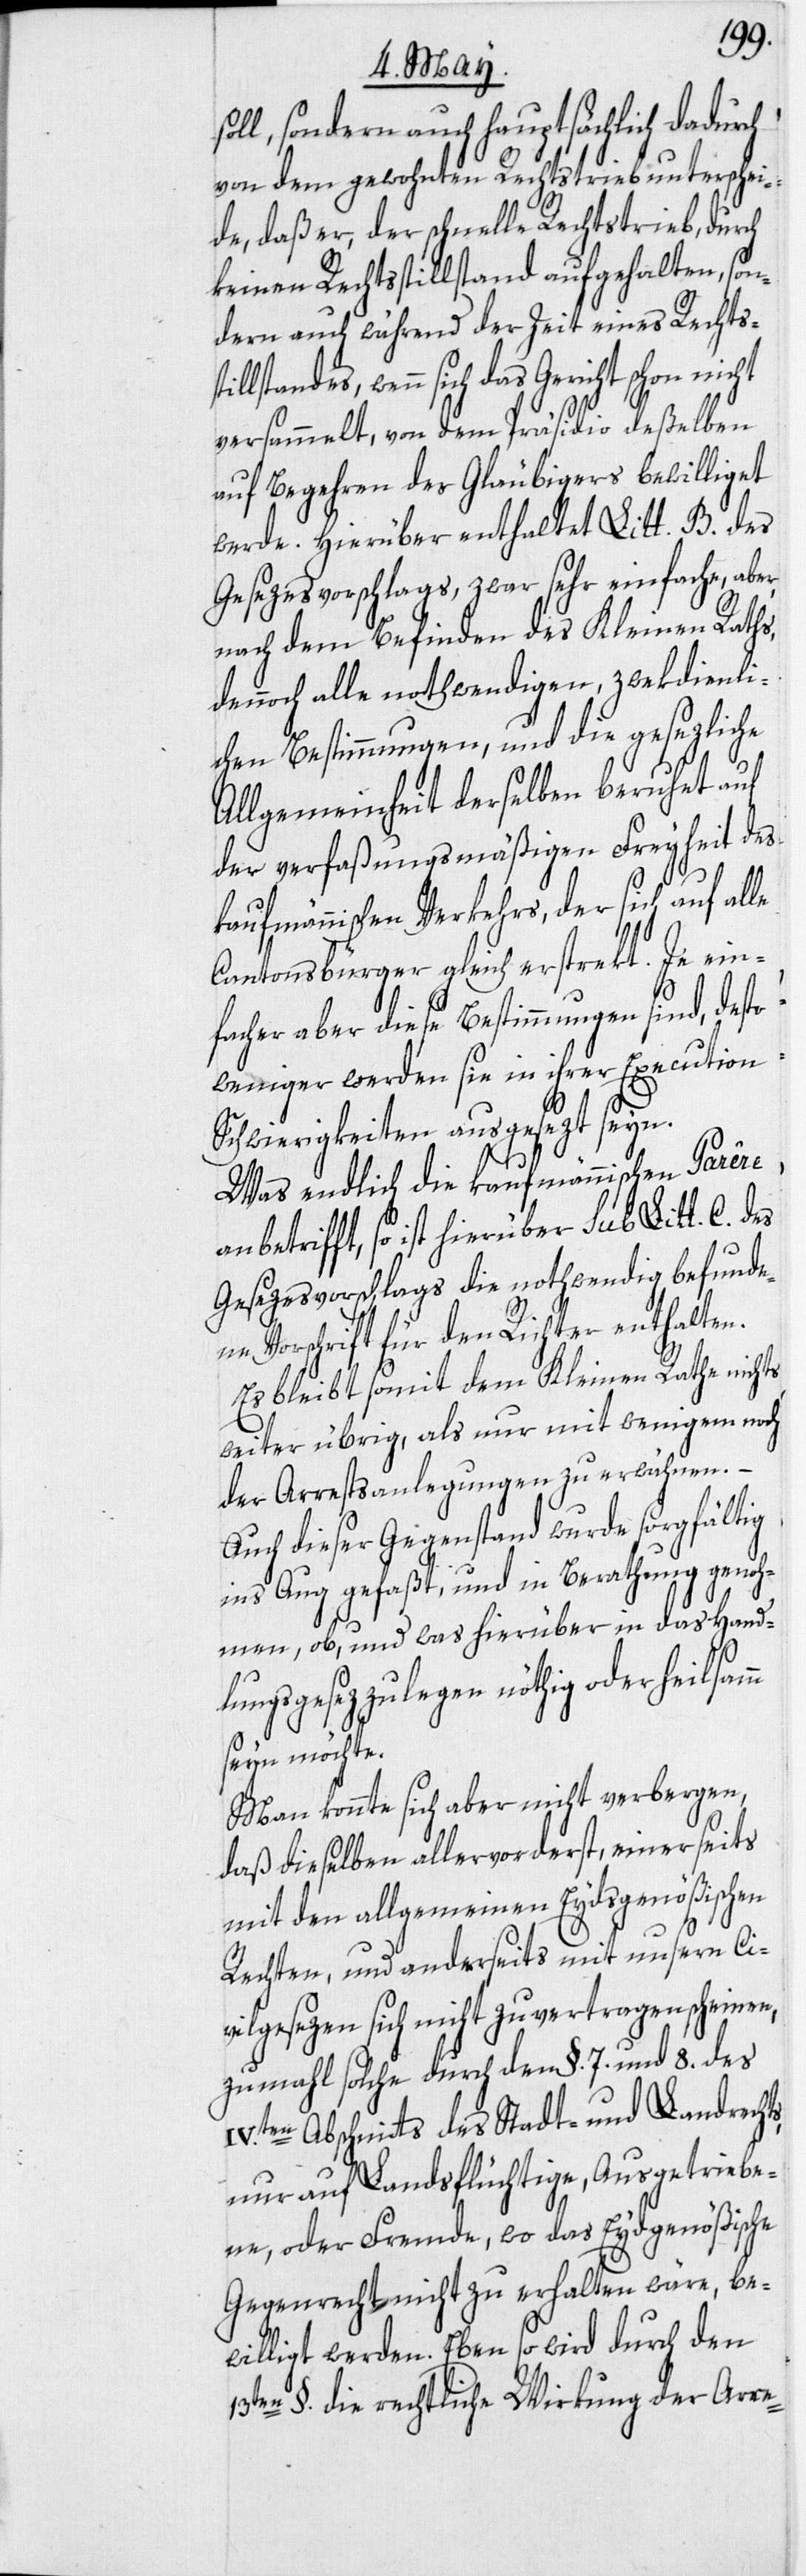
soll, sondern auch hauptsächlich dadurch
von dem gewohnten Rechtstrieb unterschei¬
de, daß er, der schnelle Rechtstrieb, durch
keinen Rechtsstillstand aufgehalten, son¬
dern auch während der Zeit eines Rechtss¬
tillstandes, wenn sich das Gericht schon nicht
versammelt, von dem Präsidio deßelben
auf Begehren des Gläubigers bewilliget
werde. Hierüber enthaltet Litt. B. des
Gesezesvorschlags, zwar sehr einfache, aber,
nach dem Befinden des Kleinen Raths,
dennoch alle nothwendigen, zwekdienli¬
chen Bestimmungen, und die gesezliche
Allgemeinheit derselben beruhet auf
der verfaßungsmäßigen Freyheit des
kaufmännischen Verkehrs, der sich auf alle
Cantonsbürger gleich erstrekt. Je ein¬
facher aber diese Bestimmungen sind, desto
weniger werden sie in ihrer Execution
Schwierigkeiten ausgesezt seyn.
Was endlich die kaufmännische Parêre
anbetrifft, so ist hierüber sub Litt. C.
Gesezesvorschlags die nothwendig befunde¬
ne Vorschrift für den Richter enthalten.
Es bleibt somit dem Kleinen Rathe nichts
weiter übrig, als nur mit wenigem noch
der Arrestsanlegungen zu erwähnen.
Auch dieser Gegenstand wurde sorgfältig
ins Aug gefaßt, und in Berathung genoh¬
men, ob, und was hierüber in das Handlu¬
ngsgesez zu legen nöthig oder heilsam¬
m seyn möchte.
Man konnte sich aber nicht verbergen,
daß dieselben allervorderst, einerseits
mit den allgemeinen Eydsgenößischen
Rechten, und anderseits mit unsern Ci¬
vilgesezen sich nicht zu vertragen scheinen,
zumahl solche durch den §. 7. und 8. des
IV.ten Abschnitts des Stadt- und Landrechts,
nur auf Landsflüchtige, Ausgetriebe¬
ne, oder Fremde, wo das Eydgenößische
Gegenrecht nicht zu erhalten wäre, be¬
willigt werden. Eben so wird durch den
13ten §. die rechtliche Wirkung der Arre-